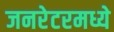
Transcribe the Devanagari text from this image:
जनरेटरमध्ये